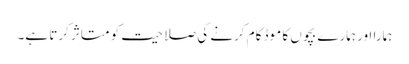
ہمارا اور ہمارے بچوں کا موڈ کام کرنے کی صلاحیت کو متاثر کرتا ہے۔